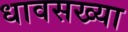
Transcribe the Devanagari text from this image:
धावसख्या